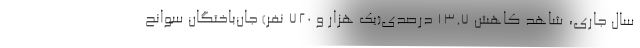
سال جاری، شاهد کاهش 13.7 درصدی(یک هزار و 720 نفر) جان‌باختگان سوانح